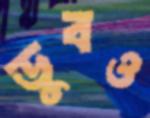
ডুবও